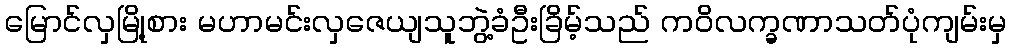
မြောင်လှမြို့စား မဟာမင်းလှဇေယျသူဘွဲ့ခံဦးခြိမ့်သည် ကဝိလက္ခဏာသတ်ပုံကျမ်းမှ